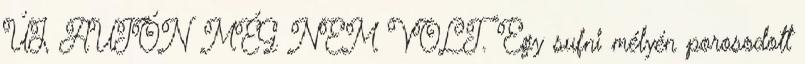
ÚJ, AUTÓN MÉG NEM VOLT. Egy sufni mélyén porosodott